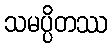
သမပ္ပိတဿ